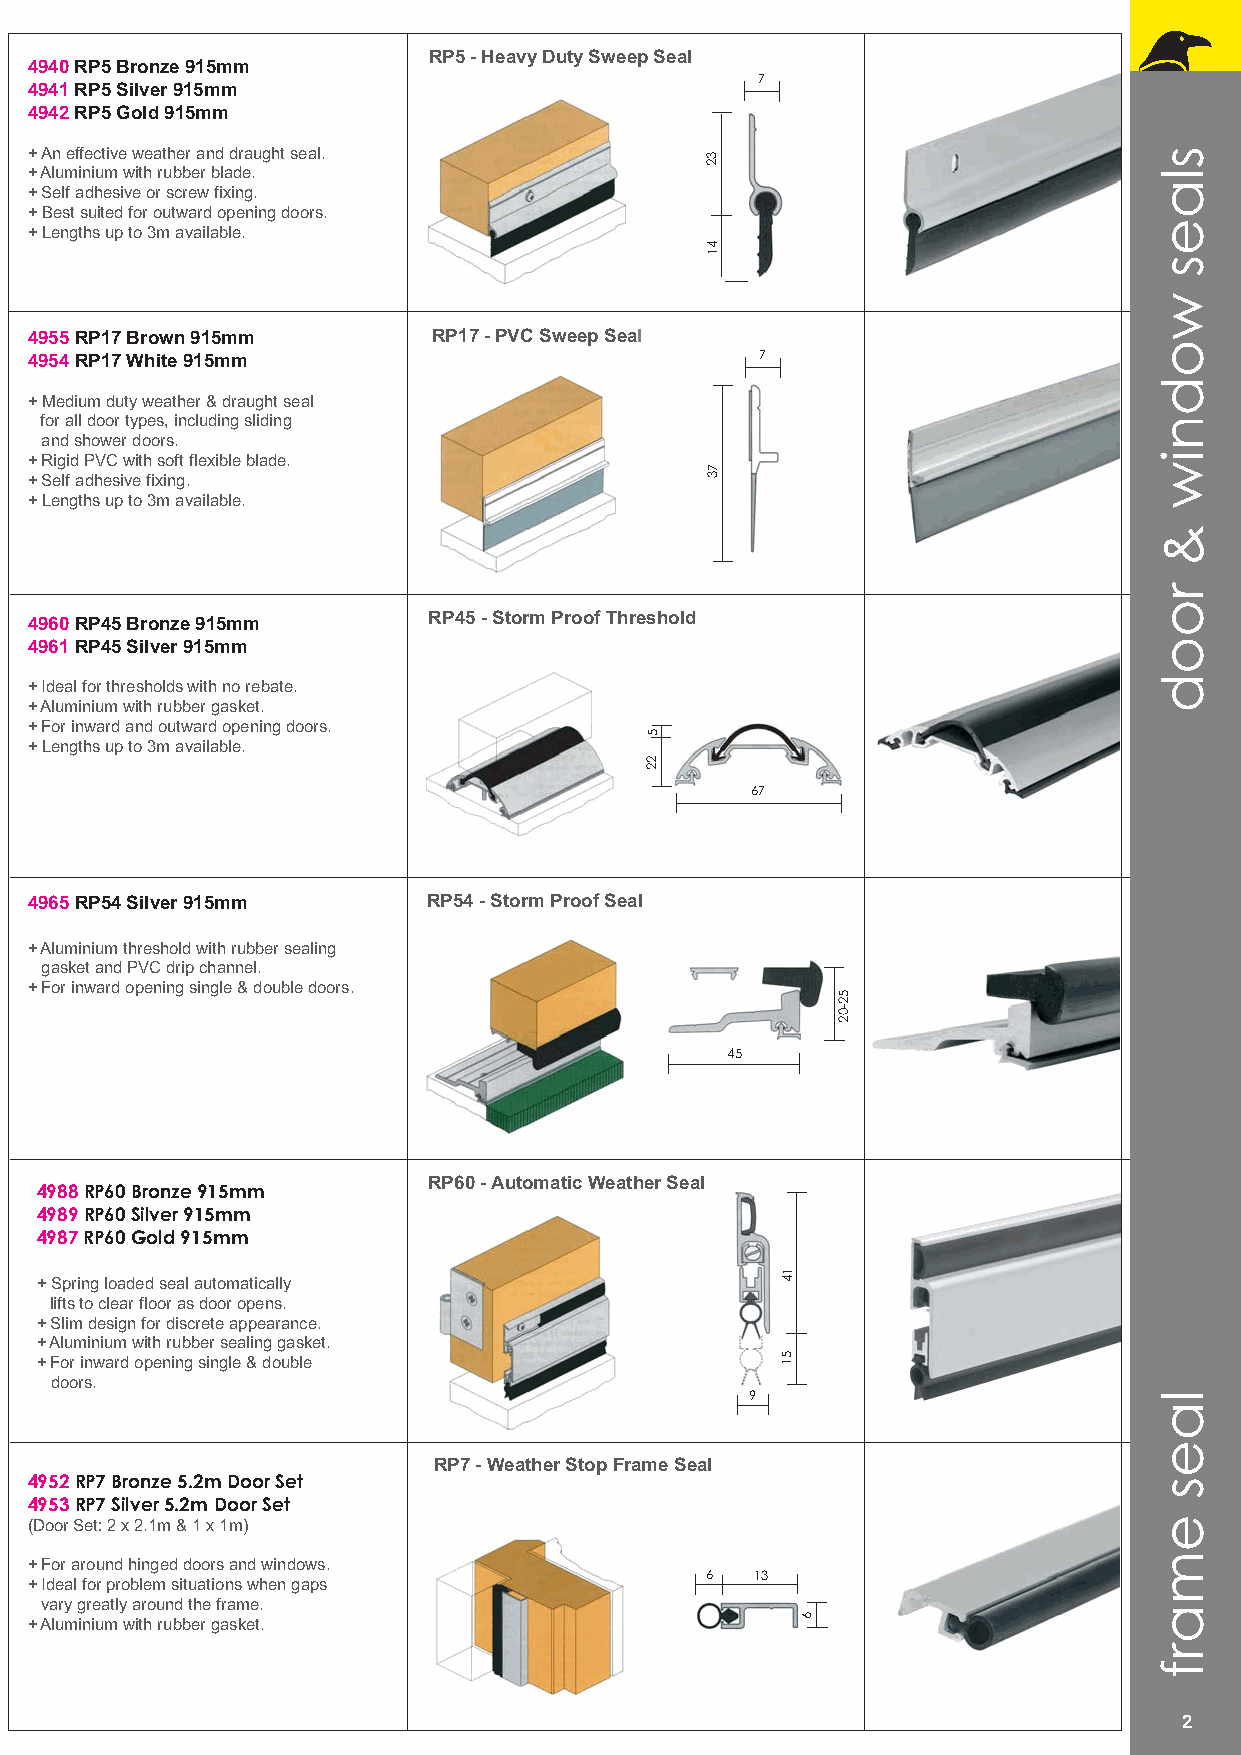
RP5 - Heavy Duty Sweep Seal
 4940 RP5 Bronze 915mm
 7
 4941 RP5 Silver 915mm
 4942 RP5 Gold 915mm
 + An effective weather and draught seal.
 + Aluminium with rubber blade.
 + Self adhesive or screw fixing.
 + Best suited for outward opening doors.
 + Lengths up to 3m available.
 4955 RP17 Brown 915mm      RP17 - PVC Sweep Seal
 4954 RP17 White 915mm                           7
 + Medium duty weather & draught seal
 for all door types, including sliding
 and shower doors.
 + Rigid PVC with soft flexible blade.
 + Self adhesive fixing.
 + Lengths up to 3m available.
 4960 RP45 Bronze 915mm    RP45 - Storm Proof Threshold
 4961 RP45 Silver 915mm
 + Ideal for thresholds with no rebate.
 + Aluminium with rubber gasket.
 + For inward and outward opening doors.
 + Lengths up to 3m available.
 67
 4965 RP54 Silver 915mm    RP54 - Storm Proof Seal
 + Aluminium threshold with rubber sealing
 gasket and PVC drip channel.
 + For inward opening single & double doors.
 45
 RP60 - Automatic Weather Seal
 4988 RP60 Bronze 915mm
 4989 RP60 Silver 915mm
 4987 RP60 Gold 915mm
 + Spring loaded seal automatically
 lifts to clear floor as door opens.
 + Slim design for discrete appearance.
 + Aluminium with rubber sealing gasket.
 + For inward opening single & double
 doors.
 9
 RP7 - Weather Stop Frame Seal
 4952 RP7 Bronze 5.2m Door Set
 4953 RP7 Silver 5.2m Door Set
 (Door Set: 2 x 2.1m & 1 x 1m)
 + For around hinged doors and windows.
 6  13
 + Ideal for problem situations when gaps
 vary greatly around the frame.
 + Aluminium with rubber gasket.
 2
 2
 5
 22
 32
 41
 73
 14
 51
 6
 52-02
 slaes
 wodniw
 &
 rood
 laes
 emarf